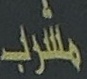
مشرب